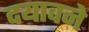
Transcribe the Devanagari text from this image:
दयावने